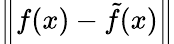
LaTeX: \left\| f(x)-{\tilde{f}}(x)\right\|